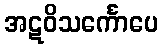
အဋဝိသင်္ကောပေ